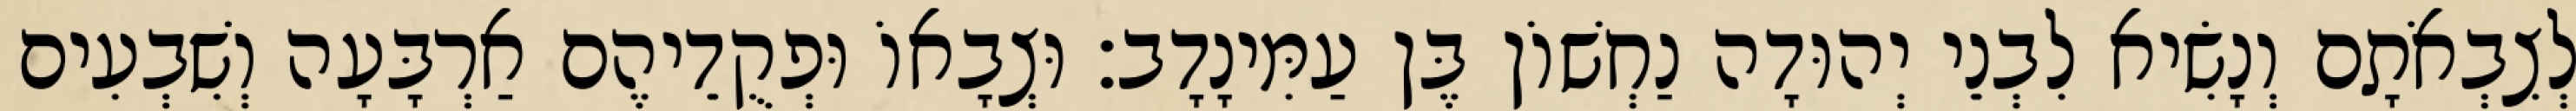
לְצִבְאֹתָם וְנָשִׂיא לִבְנֵי יְהוּדָה נַחְשׁוֹן בֶּן עַמִּינָדָב׃ וּצְבָאוֹ וּפְקֻדֵיהֶם אַרְבָּעָה וְשִׁבְעִים